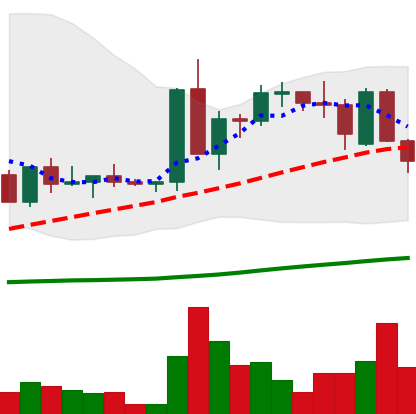
Ticker: ETC-USD
Chart end date: 2022-09-16
Forward return: -18.03%
Label: down_7plus